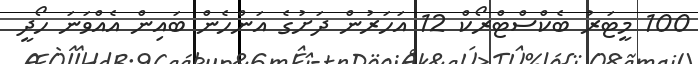
100 މީޓަރު ބެކްސްޓްރޯކް 12 އަހަރުން ދަށުގެ އަންހެން ބައިން އެއްވަނަ ހޯދީ